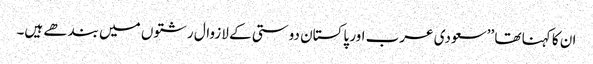
ان کا کہنا تھا ’’سعودی عرب اور پاکستان دوستی کے لازوال رشتوں میں بندھے ہیں۔